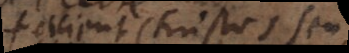
facient Christos seu